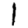
Digit: 1